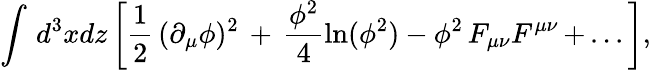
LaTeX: \int\, d^{3}xdz\left[{\frac{1}{2}}\, (\partial_{\mu}\phi)^{2}\, +\, {\frac{\phi^{2}}{4}}\mathrm{ln}(\phi^{2})-\phi^{2}\, F_{\mu\nu}F^{\mu\nu}\, +\, ...\right],